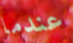
عندما